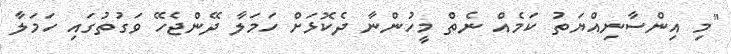
"މި އިންސާނިއްޔަތު ކަމެއް ނެތް މީހުންނާ ދެކޮޅަށް ހަމަލާ ދޭންޖެހޭ ވަގުތުގައި ހަމަލާ